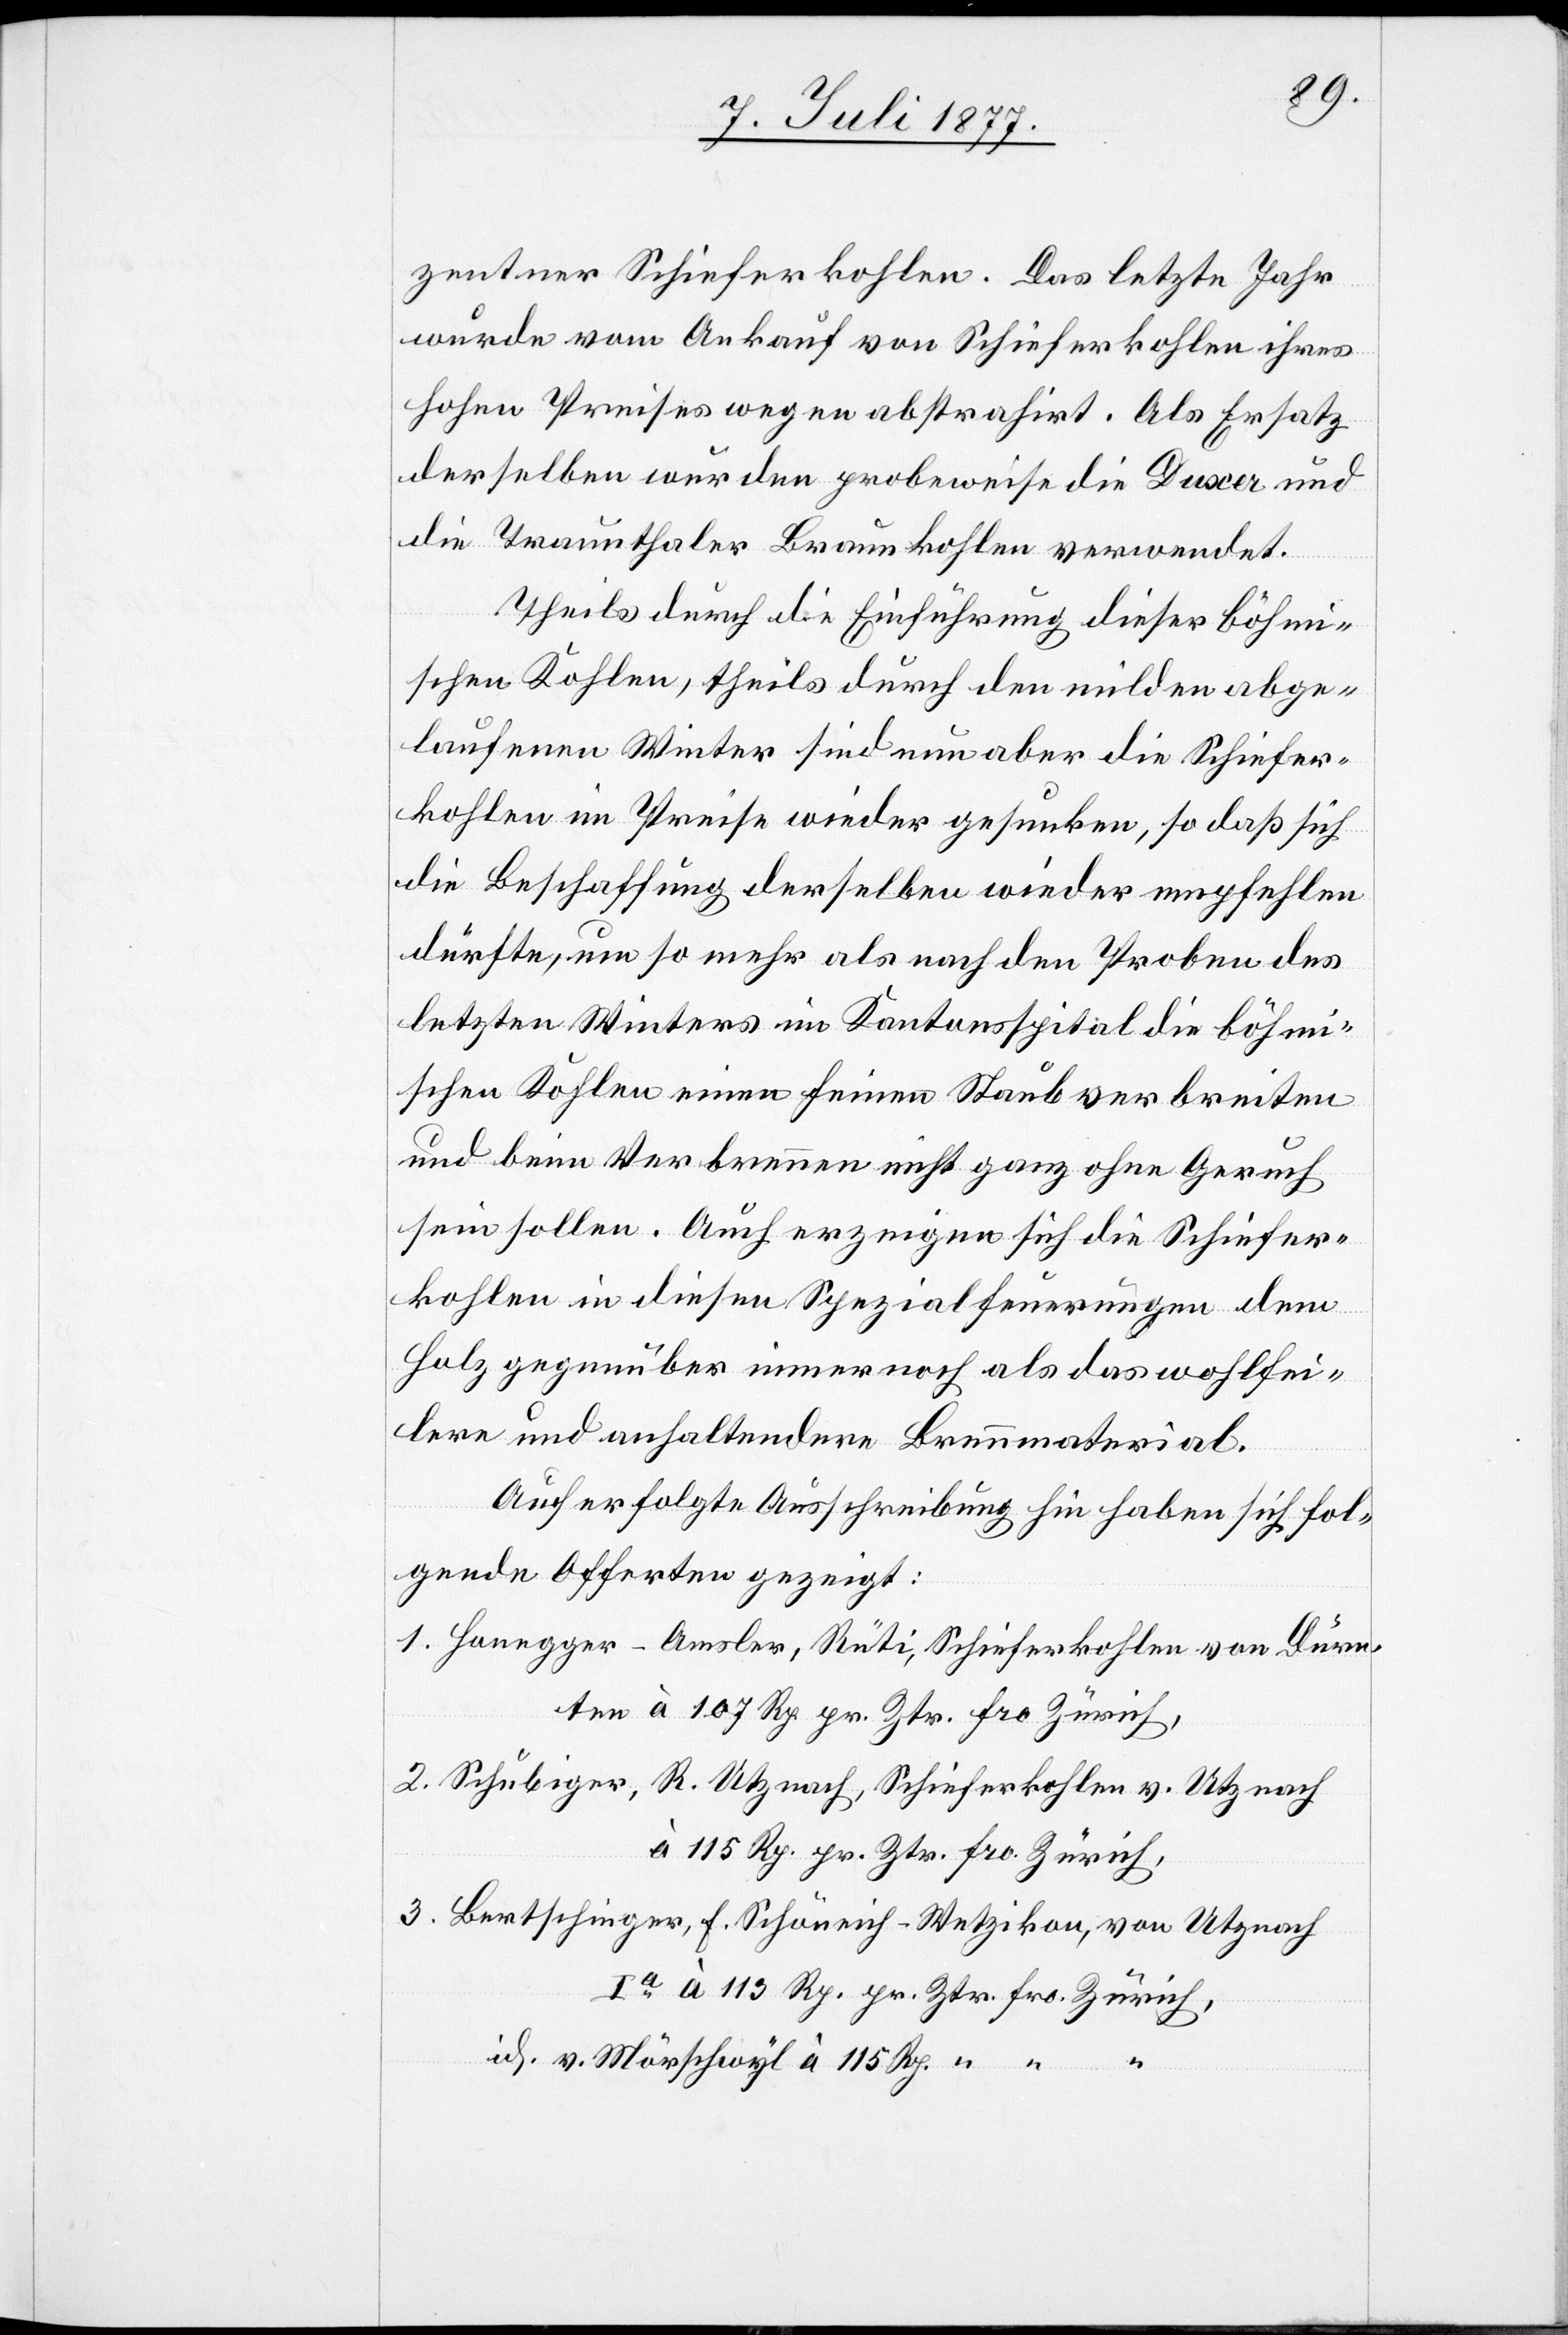
zentner Schieferkohlen. Das letzte Jahr
wurde vom Ankauf von Schieferkohlen ihres
hohen Preises wegen abstrahirt. Als Ersatz
derselben wurden probeweise die Duxer und
die Traunthaler Braunkohlen verwendet.
Theils durch die Einführung dieser böhm¬
ischen Kohlen, theils durch den milden abge¬
laufenen Winter sind nun aber die Schiefer¬
kohlen im Preise wieder gesunken, so daß sich
die Beschaffung derselben wieder empfehlen
dürfte, um so mehr als nach den Proben des
letzten Winters im Kantonsspital die böhmi¬
schen Kohlen einen feinen Staub verbreiten
und beim Verbrennen nicht ganz ohne Geruch
sein sollen. Auch erzeigen sich die Schiefer¬
kohlen in diesen Spezialfeuerungen dem
Holz gegenüber immer noch als das wohlfei¬
lere und anhaltendere Brennmaterial.
Auf erfolgte Ausschreibung hin haben sich fol¬
gende Offerten gezeigt:
Honegger-Amsler, Rüti, Schieferkohlen von Dürn¬
ten à 107 Rp. pr. Ztr. fro. Zürich,
Schubiger, R. Utznach, Schieferkohlen v. Utznach
à 115 Rp. pr. Ztr. fro. Zürich,
Bertschinger, F. Schöneich - Wetzikon, von Utznach
Ia à 113 Rp. pr. Ztr. fro. Zürich,
id: v. Mörschwyl à 115 Rp. [“]